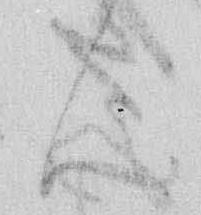
ん